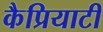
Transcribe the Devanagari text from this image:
कैप्रियाटी